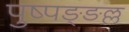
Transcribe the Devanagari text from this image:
पुष्पङ्ङल्ल